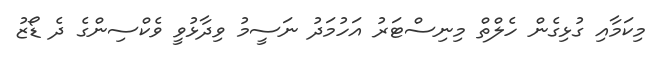
މިކަމާއި ގުޅިގެން ހެލްތް މިނިސްޓަރު އަހުމަދު ނަސީމު ވިދާޅުވީ ވެކްސިންގެ ދެ ޑޯޒު